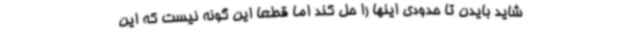
شاید بایدن تا حدودی اینها را حل کند اما قطعا این گونه نیست که این